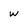
Character: w